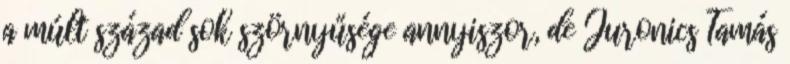
a múlt század sok szörnyűsége annyiszor, de Juronics Tamás